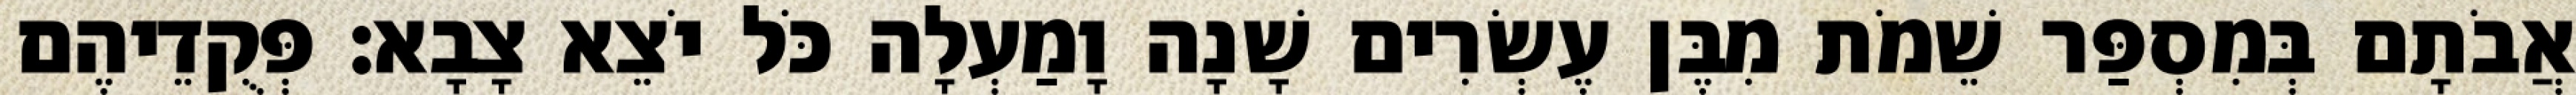
אֲבֹתָם בְּמִסְפַּר שֵׁמֹת מִבֶּן עֶשְׂרִים שָׁנָה וָמַעְלָה כֹּל יֹצֵא צָבָא׃ פְּקֻדֵיהֶם